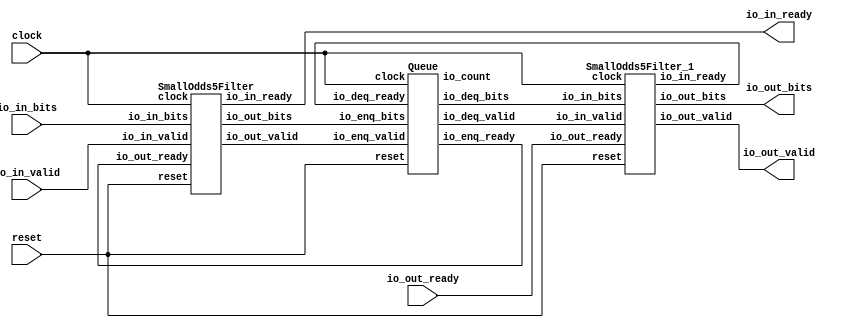
module SmallOdds5(
    input clock,
    input reset,
    output io_in_ready,
    input io_in_valid,
    input [31:0] io_in_bits,
    input io_out_ready,
    output io_out_valid,
    output [31:0] io_out_bits
);
    wire _smalls__clock;
    wire _smalls__reset;
    wire _smalls__io_in_ready;
    wire _smalls__io_in_valid;
    wire [31:0] _smalls__io_in_bits;
    wire _smalls__io_out_ready;
    wire _smalls__io_out_valid;
    wire [31:0] _smalls__io_out_bits;
    SmallOdds5Filter smalls (
        .clock(_smalls__clock),
        .reset(_smalls__reset),
        .io_in_ready(_smalls__io_in_ready),
        .io_in_valid(_smalls__io_in_valid),
        .io_in_bits(_smalls__io_in_bits),
        .io_out_ready(_smalls__io_out_ready),
        .io_out_valid(_smalls__io_out_valid),
        .io_out_bits(_smalls__io_out_bits)
    );
    wire _q__clock;
    wire _q__reset;
    wire _q__io_enq_ready;
    wire _q__io_enq_valid;
    wire [31:0] _q__io_enq_bits;
    wire _q__io_deq_ready;
    wire _q__io_deq_valid;
    wire [31:0] _q__io_deq_bits;
    wire [1:0] _q__io_count;
    Queue q (
        .clock(_q__clock),
        .reset(_q__reset),
        .io_enq_ready(_q__io_enq_ready),
        .io_enq_valid(_q__io_enq_valid),
        .io_enq_bits(_q__io_enq_bits),
        .io_deq_ready(_q__io_deq_ready),
        .io_deq_valid(_q__io_deq_valid),
        .io_deq_bits(_q__io_deq_bits),
        .io_count(_q__io_count)
    );
    wire _odds__clock;
    wire _odds__reset;
    wire _odds__io_in_ready;
    wire _odds__io_in_valid;
    wire [31:0] _odds__io_in_bits;
    wire _odds__io_out_ready;
    wire _odds__io_out_valid;
    wire [31:0] _odds__io_out_bits;
    SmallOdds5Filter_1 odds (
        .clock(_odds__clock),
        .reset(_odds__reset),
        .io_in_ready(_odds__io_in_ready),
        .io_in_valid(_odds__io_in_valid),
        .io_in_bits(_odds__io_in_bits),
        .io_out_ready(_odds__io_out_ready),
        .io_out_valid(_odds__io_out_valid),
        .io_out_bits(_odds__io_out_bits)
    );
    assign io_in_ready = _smalls__io_in_ready;
    assign io_out_bits = _odds__io_out_bits;
    assign io_out_valid = _odds__io_out_valid;
    assign _odds__clock = clock;
    assign _odds__io_in_bits = _q__io_deq_bits;
    assign _odds__io_in_valid = _q__io_deq_valid;
    assign _odds__io_out_ready = io_out_ready;
    assign _odds__reset = reset;
    assign _q__clock = clock;
    assign _q__io_deq_ready = _odds__io_in_ready;
    assign _q__io_enq_bits = _smalls__io_out_bits;
    assign _q__io_enq_valid = _smalls__io_out_valid;
    assign _q__reset = reset;
    assign _smalls__clock = clock;
    assign _smalls__io_in_bits = io_in_bits;
    assign _smalls__io_in_valid = io_in_valid;
    assign _smalls__io_out_ready = _q__io_enq_ready;
    assign _smalls__reset = reset;
endmodule //SmallOdds5
module SmallOdds5Filter(
    input clock,
    input reset,
    output io_in_ready,
    input io_in_valid,
    input [31:0] io_in_bits,
    input io_out_ready,
    output io_out_valid,
    output [31:0] io_out_bits
);
    wire _valid__q;
    wire _valid__d;
    DFF_POSCLK #(.width(1)) valid (
        .q(_valid__q),
        .d(_valid__d),
        .clk(clock)
    );
    wire [31:0] _result__q;
    wire [31:0] _result__d;
    DFF_POSCLK #(.width(32)) result (
        .q(_result__q),
        .d(_result__d),
        .clk(clock)
    );
    wire _T_17;
    wire [31:0] _WTEMP_0;
    PAD_UNSIGNED #(.width(4), .n(32)) u_pad_1 (
        .y(_WTEMP_0),
        .in(4'hA)
    );
    LT_UNSIGNED #(.width(32)) u_lt_2 (
        .y(_T_17),
        .a(io_in_bits),
        .b(_WTEMP_0)
    );
    wire _T_18;
    BITWISEAND #(.width(1)) bitwiseand_3 (
        .y(_T_18),
        .a(io_in_valid),
        .b(_T_17)
    );
    wire _T_21;
    EQ_UNSIGNED #(.width(1)) u_eq_4 (
        .y(_T_21),
        .a(_T_18),
        .b(1'h0)
    );
    wire _node_0;
    MUX_UNSIGNED #(.width(1)) u_mux_5 (
        .y(_node_0),
        .sel(_T_18),
        .a(1'h1),
        .b(_valid__q)
    );
    wire _T_23;
    BITWISEAND #(.width(1)) bitwiseand_6 (
        .y(_T_23),
        .a(io_out_ready),
        .b(_valid__q)
    );
    assign io_in_ready = io_out_ready;
    assign io_out_bits = _result__q;
    assign io_out_valid = _T_23;
    MUX_UNSIGNED #(.width(32)) u_mux_7 (
        .y(_result__d),
        .sel(_T_18),
        .a(io_in_bits),
        .b(_result__q)
    );
    MUX_UNSIGNED #(.width(1)) u_mux_8 (
        .y(_valid__d),
        .sel(_T_21),
        .a(1'h0),
        .b(_node_0)
    );
endmodule //SmallOdds5Filter
module DFF_POSCLK(q, d, clk);
    parameter width = 4;
    output reg [width-1:0] q;
    input [width-1:0] d;
    input clk;
    always @(posedge clk) begin
        q <= d;
    end
endmodule // DFF_POSCLK
module PAD_UNSIGNED(y, in);
    parameter width = 4;
    parameter n = 4;
    output [(n > width ? n : width)-1:0] y;
    input [width-1:0] in;
    assign y = (n > width) ? {{(n - width){1'b0}}, in} : in;
endmodule // PAD_UNSIGNED
module LT_UNSIGNED(y, a, b);
    parameter width = 4;
    output y;
    input [width-1:0] a;
    input [width-1:0] b;
    assign y = a < b;
endmodule // LT_UNSIGNED
module BITWISEAND(y, a, b);
    parameter width = 4;
    output [width-1:0] y;
    input [width-1:0] a;
    input [width-1:0] b;
    assign y = a & b;
endmodule // BITWISEAND
module EQ_UNSIGNED(y, a, b);
    parameter width = 4;
    output y;
    input [width-1:0] a;
    input [width-1:0] b;
    assign y = a == b;
endmodule // EQ_UNSIGNED
module MUX_UNSIGNED(y, sel, a, b);
    parameter width = 4;
    output [width-1:0] y;
    input sel;
    input [width-1:0] a;
    input [width-1:0] b;
    assign y = sel ? a : b;
endmodule // MUX_UNSIGNED
module Queue(
    input clock,
    input reset,
    output io_enq_ready,
    input io_enq_valid,
    input [31:0] io_enq_bits,
    input io_deq_ready,
    output io_deq_valid,
    output [31:0] io_deq_bits,
    output [1:0] io_count
);
    wire ram__T_37_clk;
    wire ram__T_37_en;
    wire ram__T_37_mask;
    wire ram__T_37_addr;
    wire [31:0] ram__T_37_data;
    wire [31:0] ram__T_51_data;
    wire ram__T_51_clk;
    wire ram__T_51_en;
    wire ram__T_51_addr;
    RAMMEM #(.depth(2), .addrbits(1), .width(32), .isSyncRead(0)) ram (
        .read_data(ram__T_51_data),
        .read_clk(ram__T_51_clk),
        .read_en(ram__T_51_en),
        .read_addr(ram__T_51_addr),
        .write_clk(ram__T_37_clk),
        .write_en(ram__T_37_en),
        .write_mask(ram__T_37_mask),
        .write_addr(ram__T_37_addr),
        .write_data(ram__T_37_data)
    );
    wire _value__q;
    wire _value__d;
    DFF_POSCLK #(.width(1)) value (
        .q(_value__q),
        .d(_value__d),
        .clk(clock)
    );
    wire _WTEMP_1;
    MUX_UNSIGNED #(.width(1)) u_mux_9 (
        .y(_value__d),
        .sel(reset),
        .a(1'h0),
        .b(_WTEMP_1)
    );
    wire _value_1__q;
    wire _value_1__d;
    DFF_POSCLK #(.width(1)) value_1 (
        .q(_value_1__q),
        .d(_value_1__d),
        .clk(clock)
    );
    wire _WTEMP_2;
    MUX_UNSIGNED #(.width(1)) u_mux_10 (
        .y(_value_1__d),
        .sel(reset),
        .a(1'h0),
        .b(_WTEMP_2)
    );
    wire _maybe_full__q;
    wire _maybe_full__d;
    DFF_POSCLK #(.width(1)) maybe_full (
        .q(_maybe_full__q),
        .d(_maybe_full__d),
        .clk(clock)
    );
    wire _WTEMP_3;
    MUX_UNSIGNED #(.width(1)) u_mux_11 (
        .y(_maybe_full__d),
        .sel(reset),
        .a(1'h0),
        .b(_WTEMP_3)
    );
    wire _T_28;
    EQ_UNSIGNED #(.width(1)) u_eq_12 (
        .y(_T_28),
        .a(_value__q),
        .b(_value_1__q)
    );
    wire _T_30;
    EQ_UNSIGNED #(.width(1)) u_eq_13 (
        .y(_T_30),
        .a(_maybe_full__q),
        .b(1'h0)
    );
    wire _T_31;
    BITWISEAND #(.width(1)) bitwiseand_14 (
        .y(_T_31),
        .a(_T_28),
        .b(_T_30)
    );
    wire _T_32;
    BITWISEAND #(.width(1)) bitwiseand_15 (
        .y(_T_32),
        .a(_T_28),
        .b(_maybe_full__q)
    );
    wire _T_33;
    BITWISEAND #(.width(1)) bitwiseand_16 (
        .y(_T_33),
        .a(io_enq_ready),
        .b(io_enq_valid)
    );
    wire do_enq;
    wire _T_35;
    BITWISEAND #(.width(1)) bitwiseand_17 (
        .y(_T_35),
        .a(io_deq_ready),
        .b(io_deq_valid)
    );
    wire do_deq;
    assign ram__T_37_addr = _value__q;
    assign ram__T_37_en = do_enq;
    assign ram__T_37_clk = clock;
    assign ram__T_37_mask = 1'h1;
    wire wrap;
    EQ_UNSIGNED #(.width(1)) u_eq_18 (
        .y(wrap),
        .a(_value__q),
        .b(1'h1)
    );
    wire [1:0] _T_40;
    ADD_UNSIGNED #(.width(1)) u_add_19 (
        .y(_T_40),
        .a(_value__q),
        .b(1'h1)
    );
    wire _T_41;
    TAIL #(.width(2), .n(1)) tail_20 (
        .y(_T_41),
        .in(_T_40)
    );
    wire wrap_1;
    EQ_UNSIGNED #(.width(1)) u_eq_21 (
        .y(wrap_1),
        .a(_value_1__q),
        .b(1'h1)
    );
    wire [1:0] _T_44;
    ADD_UNSIGNED #(.width(1)) u_add_22 (
        .y(_T_44),
        .a(_value_1__q),
        .b(1'h1)
    );
    wire _T_45;
    TAIL #(.width(2), .n(1)) tail_23 (
        .y(_T_45),
        .in(_T_44)
    );
    wire _T_46;
    NEQ_UNSIGNED #(.width(1)) u_neq_24 (
        .y(_T_46),
        .a(do_enq),
        .b(do_deq)
    );
    wire _T_48;
    EQ_UNSIGNED #(.width(1)) u_eq_25 (
        .y(_T_48),
        .a(_T_31),
        .b(1'h0)
    );
    wire _T_50;
    EQ_UNSIGNED #(.width(1)) u_eq_26 (
        .y(_T_50),
        .a(_T_32),
        .b(1'h0)
    );
    assign ram__T_51_addr = _value_1__q;
    assign ram__T_51_en = 1'h1;
    assign ram__T_51_clk = clock;
    wire [1:0] _T_52;
    SUB_UNSIGNED #(.width(1)) u_sub_27 (
        .y(_T_52),
        .a(_value__q),
        .b(_value_1__q)
    );
    wire [1:0] _T_53;
    ASUINT #(.width(2)) asuint_28 (
        .y(_T_53),
        .in(_T_52)
    );
    wire _T_54;
    TAIL #(.width(2), .n(1)) tail_29 (
        .y(_T_54),
        .in(_T_53)
    );
    wire _T_55;
    BITWISEAND #(.width(1)) bitwiseand_30 (
        .y(_T_55),
        .a(_maybe_full__q),
        .b(_T_28)
    );
    wire [1:0] _T_56;
    CAT #(.width_a(1), .width_b(1)) cat_31 (
        .y(_T_56),
        .a(_T_55),
        .b(_T_54)
    );
    assign do_deq = _T_35;
    assign do_enq = _T_33;
    assign io_count = _T_56;
    assign io_deq_bits = ram__T_51_data;
    assign io_deq_valid = _T_48;
    assign io_enq_ready = _T_50;
    MUX_UNSIGNED #(.width(1)) u_mux_32 (
        .y(_WTEMP_3),
        .sel(_T_46),
        .a(do_enq),
        .b(_maybe_full__q)
    );
    assign ram__T_37_data = io_enq_bits;
    MUX_UNSIGNED #(.width(1)) u_mux_33 (
        .y(_WTEMP_1),
        .sel(do_enq),
        .a(_T_41),
        .b(_value__q)
    );
    MUX_UNSIGNED #(.width(1)) u_mux_34 (
        .y(_WTEMP_2),
        .sel(do_deq),
        .a(_T_45),
        .b(_value_1__q)
    );
endmodule //Queue
module RAMMEM(read_data, read_clk, read_en, read_addr, write_clk, write_en, write_mask, write_addr, write_data);
    parameter depth = 16;
    parameter addrbits = 4;
    parameter width = 32;
    parameter isSyncRead = 0;
    output [width-1:0] read_data;
    input read_clk;
    input read_en;
    input [addrbits-1:0] read_addr;
    input write_clk;
    input write_en;
    input write_mask;
    input [addrbits-1:0] write_addr;
    input [width-1:0] write_data;
    reg [width-1:0] memcore [0:depth-1];
    wire [addrbits-1:0] final_read_addr;
    generate
        if (isSyncRead) begin: raddr_processor
            reg [addrbits-1:0] read_addr_pipe_0;
            always @(posedge read_clk) begin
                if (read_en) begin
                    read_addr_pipe_0 <= read_addr;
                end
            end
            assign final_read_addr = read_addr_pipe_0;
        end else begin: raddr_processor
            assign final_read_addr = read_addr;
        end
    endgenerate
    assign read_data = memcore[final_read_addr];
    always @(posedge write_clk) begin
        if (write_en & write_mask) begin
            memcore[write_addr] <= write_data;
        end
    end
endmodule // RAMMEM
module ADD_UNSIGNED(y, a, b);
    parameter width = 4;
    output [width:0] y;
    input [width-1:0] a;
    input [width-1:0] b;
    assign y = a + b;
endmodule // ADD_UNSIGNED
module TAIL(y, in);
    parameter width = 4;
    parameter n = 2;
    output [width-n-1:0] y;
    input [width-1:0] in;
    assign y = in[width-n-1:0];
endmodule // TAIL
module NEQ_UNSIGNED(y, a, b);
    parameter width = 4;
    output y;
    input [width-1:0] a;
    input [width-1:0] b;
    assign y = a != b;
endmodule // NEQ_UNSIGNED
module SUB_UNSIGNED(y, a, b);
    parameter width = 4;
    output [width:0] y;
    input [width-1:0] a;
    input [width-1:0] b;
    assign y = a - b;
endmodule // SUB_UNSIGNED
module ASUINT(y, in);
    parameter width = 4;
    output [width-1:0] y;
    input [width-1:0] in;
    assign y = $unsigned(in);
endmodule // ASUINT
module CAT(y, a, b);
    parameter width_a = 4;
    parameter width_b = 4;
    output [width_a+width_b-1:0] y;
    input [width_a-1:0] a;
    input [width_b-1:0] b;
    assign y = {a, b};
endmodule // CAT
module SmallOdds5Filter_1(
    input clock,
    input reset,
    output io_in_ready,
    input io_in_valid,
    input [31:0] io_in_bits,
    input io_out_ready,
    output io_out_valid,
    output [31:0] io_out_bits
);
    wire _valid__q;
    wire _valid__d;
    DFF_POSCLK #(.width(1)) valid (
        .q(_valid__q),
        .d(_valid__d),
        .clk(clock)
    );
    wire [31:0] _result__q;
    wire [31:0] _result__d;
    DFF_POSCLK #(.width(32)) result (
        .q(_result__q),
        .d(_result__d),
        .clk(clock)
    );
    wire [31:0] _T_17;
    wire [31:0] _WTEMP_4;
    PAD_UNSIGNED #(.width(1), .n(32)) u_pad_35 (
        .y(_WTEMP_4),
        .in(1'h1)
    );
    BITWISEAND #(.width(32)) bitwiseand_36 (
        .y(_T_17),
        .a(io_in_bits),
        .b(_WTEMP_4)
    );
    wire _T_19;
    wire [31:0] _WTEMP_5;
    PAD_UNSIGNED #(.width(1), .n(32)) u_pad_37 (
        .y(_WTEMP_5),
        .in(1'h1)
    );
    EQ_UNSIGNED #(.width(32)) u_eq_38 (
        .y(_T_19),
        .a(_T_17),
        .b(_WTEMP_5)
    );
    wire _T_20;
    BITWISEAND #(.width(1)) bitwiseand_39 (
        .y(_T_20),
        .a(io_in_valid),
        .b(_T_19)
    );
    wire _T_23;
    EQ_UNSIGNED #(.width(1)) u_eq_40 (
        .y(_T_23),
        .a(_T_20),
        .b(1'h0)
    );
    wire _node_1;
    MUX_UNSIGNED #(.width(1)) u_mux_41 (
        .y(_node_1),
        .sel(_T_20),
        .a(1'h1),
        .b(_valid__q)
    );
    wire _T_25;
    BITWISEAND #(.width(1)) bitwiseand_42 (
        .y(_T_25),
        .a(io_out_ready),
        .b(_valid__q)
    );
    assign io_in_ready = io_out_ready;
    assign io_out_bits = _result__q;
    assign io_out_valid = _T_25;
    MUX_UNSIGNED #(.width(32)) u_mux_43 (
        .y(_result__d),
        .sel(_T_20),
        .a(io_in_bits),
        .b(_result__q)
    );
    MUX_UNSIGNED #(.width(1)) u_mux_44 (
        .y(_valid__d),
        .sel(_T_23),
        .a(1'h0),
        .b(_node_1)
    );
endmodule //SmallOdds5Filter_1